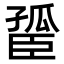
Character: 𦣮